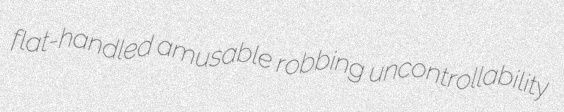
flat-handled amusable robbing uncontrollability